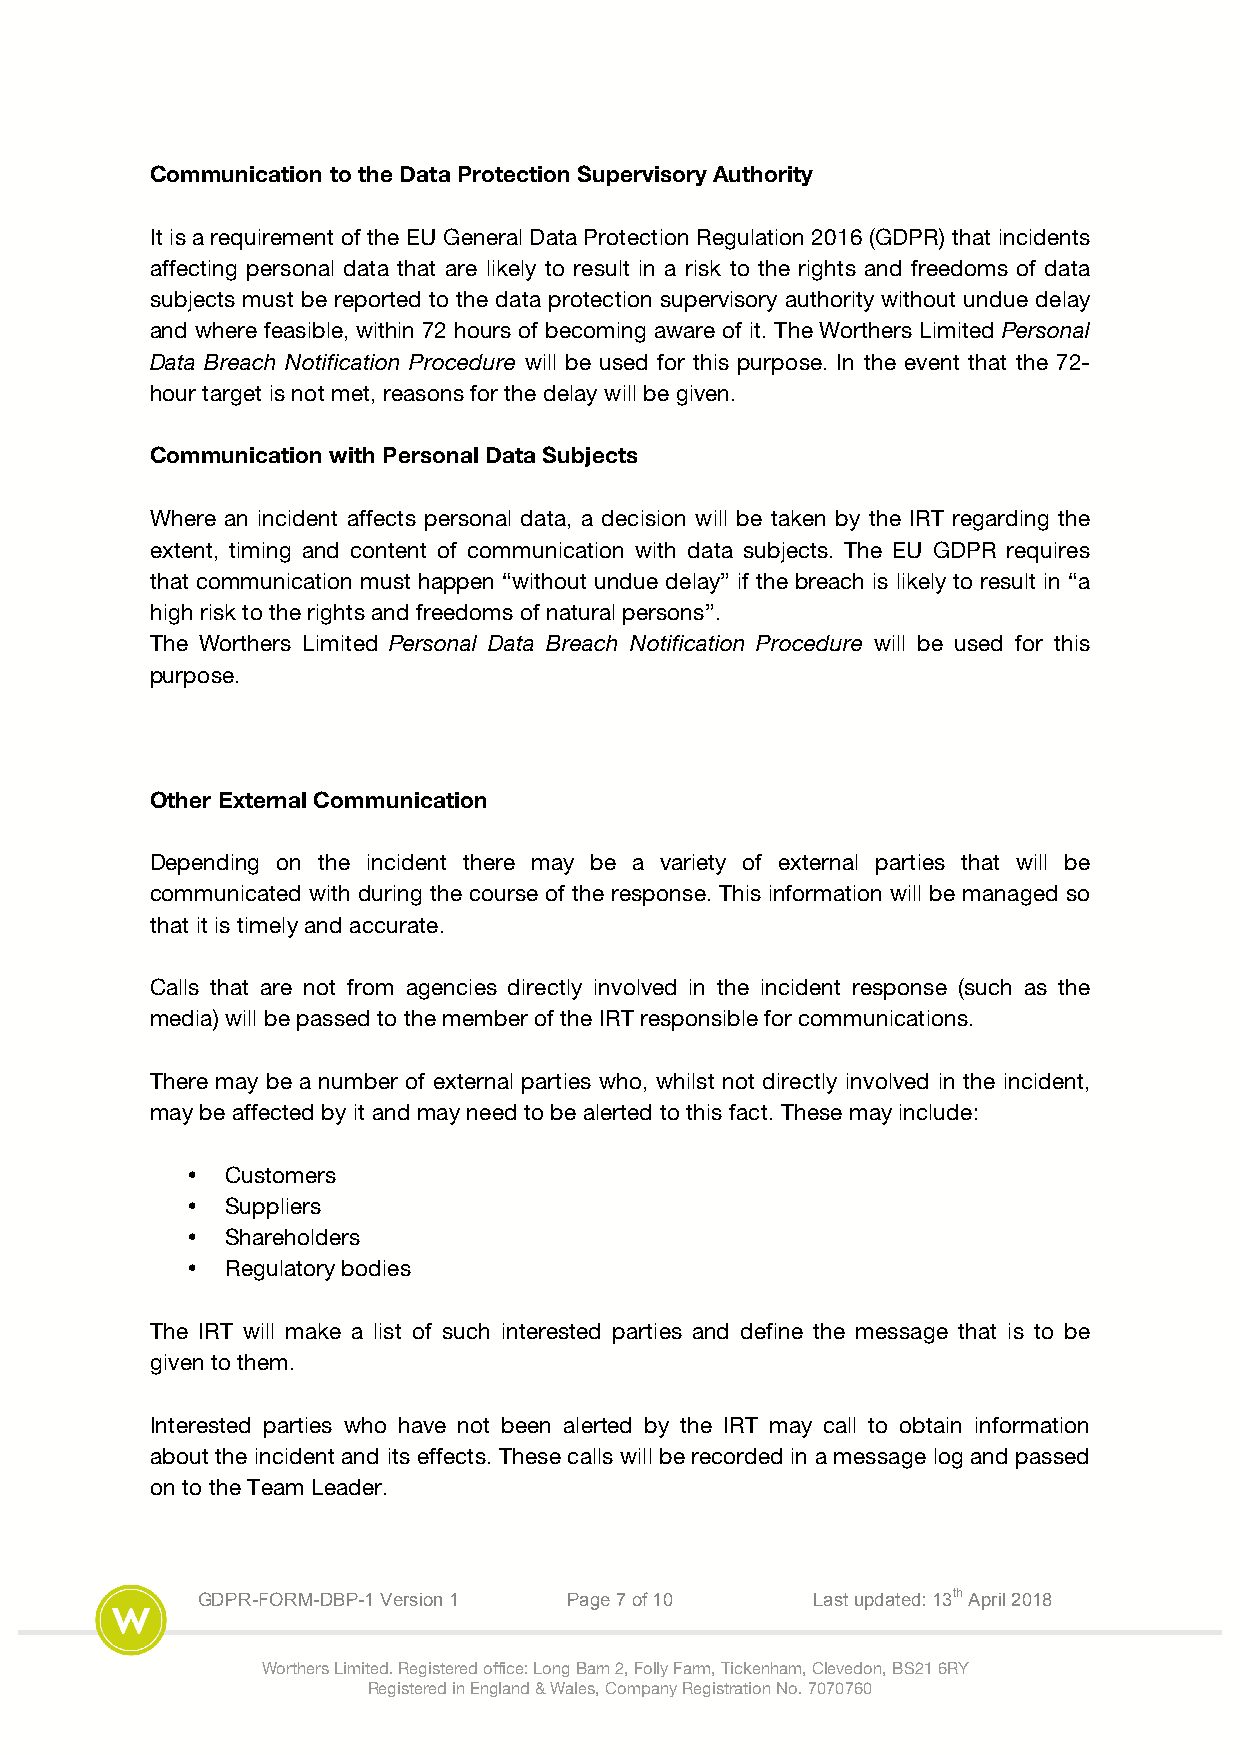
Communication to the Data Protection Supervisory Authority
 It is a requirement of the EU General Data Protection Regulation 2016 (GDPR) that incidents
 affecting personal data that are likely to result in a risk to the rights and freedoms of data
 subjects must be reported to the data protection supervisory authority without undue delay
 and where feasible, within 72 hours of becoming aware of it. The Worthers Limited Personal
 Data Breach Notification Procedure will be used for this purpose. In the event that the 72-
 hour target is not met, reasons for the delay will be given.
 Communication with Personal Data Subjects
 Where an incident affects personal data, a decision will be taken by the IRT regarding the
 extent, timing and content of communication with data subjects. The EU GDPR requires
 that communication must happen “without undue delay” if the breach is likely to result in “a
 high risk to the rights and freedoms of natural persons”.
 The Worthers Limited Personal Data Breach Notification Procedure will be used for this
 purpose.
 Other External Communication
 Depending on the incident there may be a variety of external parties that will be
 communicated with during the course of the response. This information will be managed so
 that it is timely and accurate.
 Calls that are not from agencies directly involved in the incident response (such as the
 media) will be passed to the member of the IRT responsible for communications.
 There may be a number of external parties who, whilst not directly involved in the incident,
 may be affected by it and may need to be alerted to this fact. These may include:
 •  Customers
 •  Suppliers
 •  Shareholders
 •  Regulatory bodies
 The IRT will make a list of such interested parties and define the message that is to be
 given to them.
 Interested parties who have not been alerted by the IRT may call to obtain information
 about the incident and its effects. These calls will be recorded in a message log and passed
 on to the Team Leader.
 GDPR-FORM-DBP-1 Version 1 Page 7 of 10   Last updated: 13th April 2018
 Worthers Limited. Registered office: Long Barn 2, Folly Farm, Tickenham, Clevedon, BS21 6RY
 Registered in England & Wales, Company Registration No. 7070760